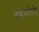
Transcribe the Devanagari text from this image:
दर्शवलेले